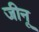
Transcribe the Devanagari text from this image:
जीनू